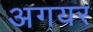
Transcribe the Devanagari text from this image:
अगयर